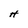
Character: H